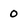
Character: 0